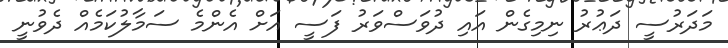
މަދަރުސީ ދަޢުރު ނިމިގެން އައި ދުވަސްވަރު ފަސީ އަށް އެންމެ ސަމާލުކަމެއް ދެވުނީ